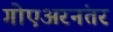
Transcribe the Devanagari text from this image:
गोएअरनंतर